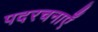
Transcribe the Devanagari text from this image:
पदरचनाएँ